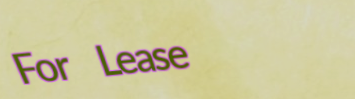
For Lease